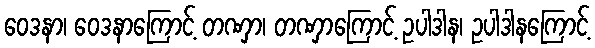
ဝေဒနာ၊ ဝေဒနာကြောင့် တဏှာ၊ တဏှာကြောင့် ဥပါဒါန၊ ဥပါဒါနကြောင့်